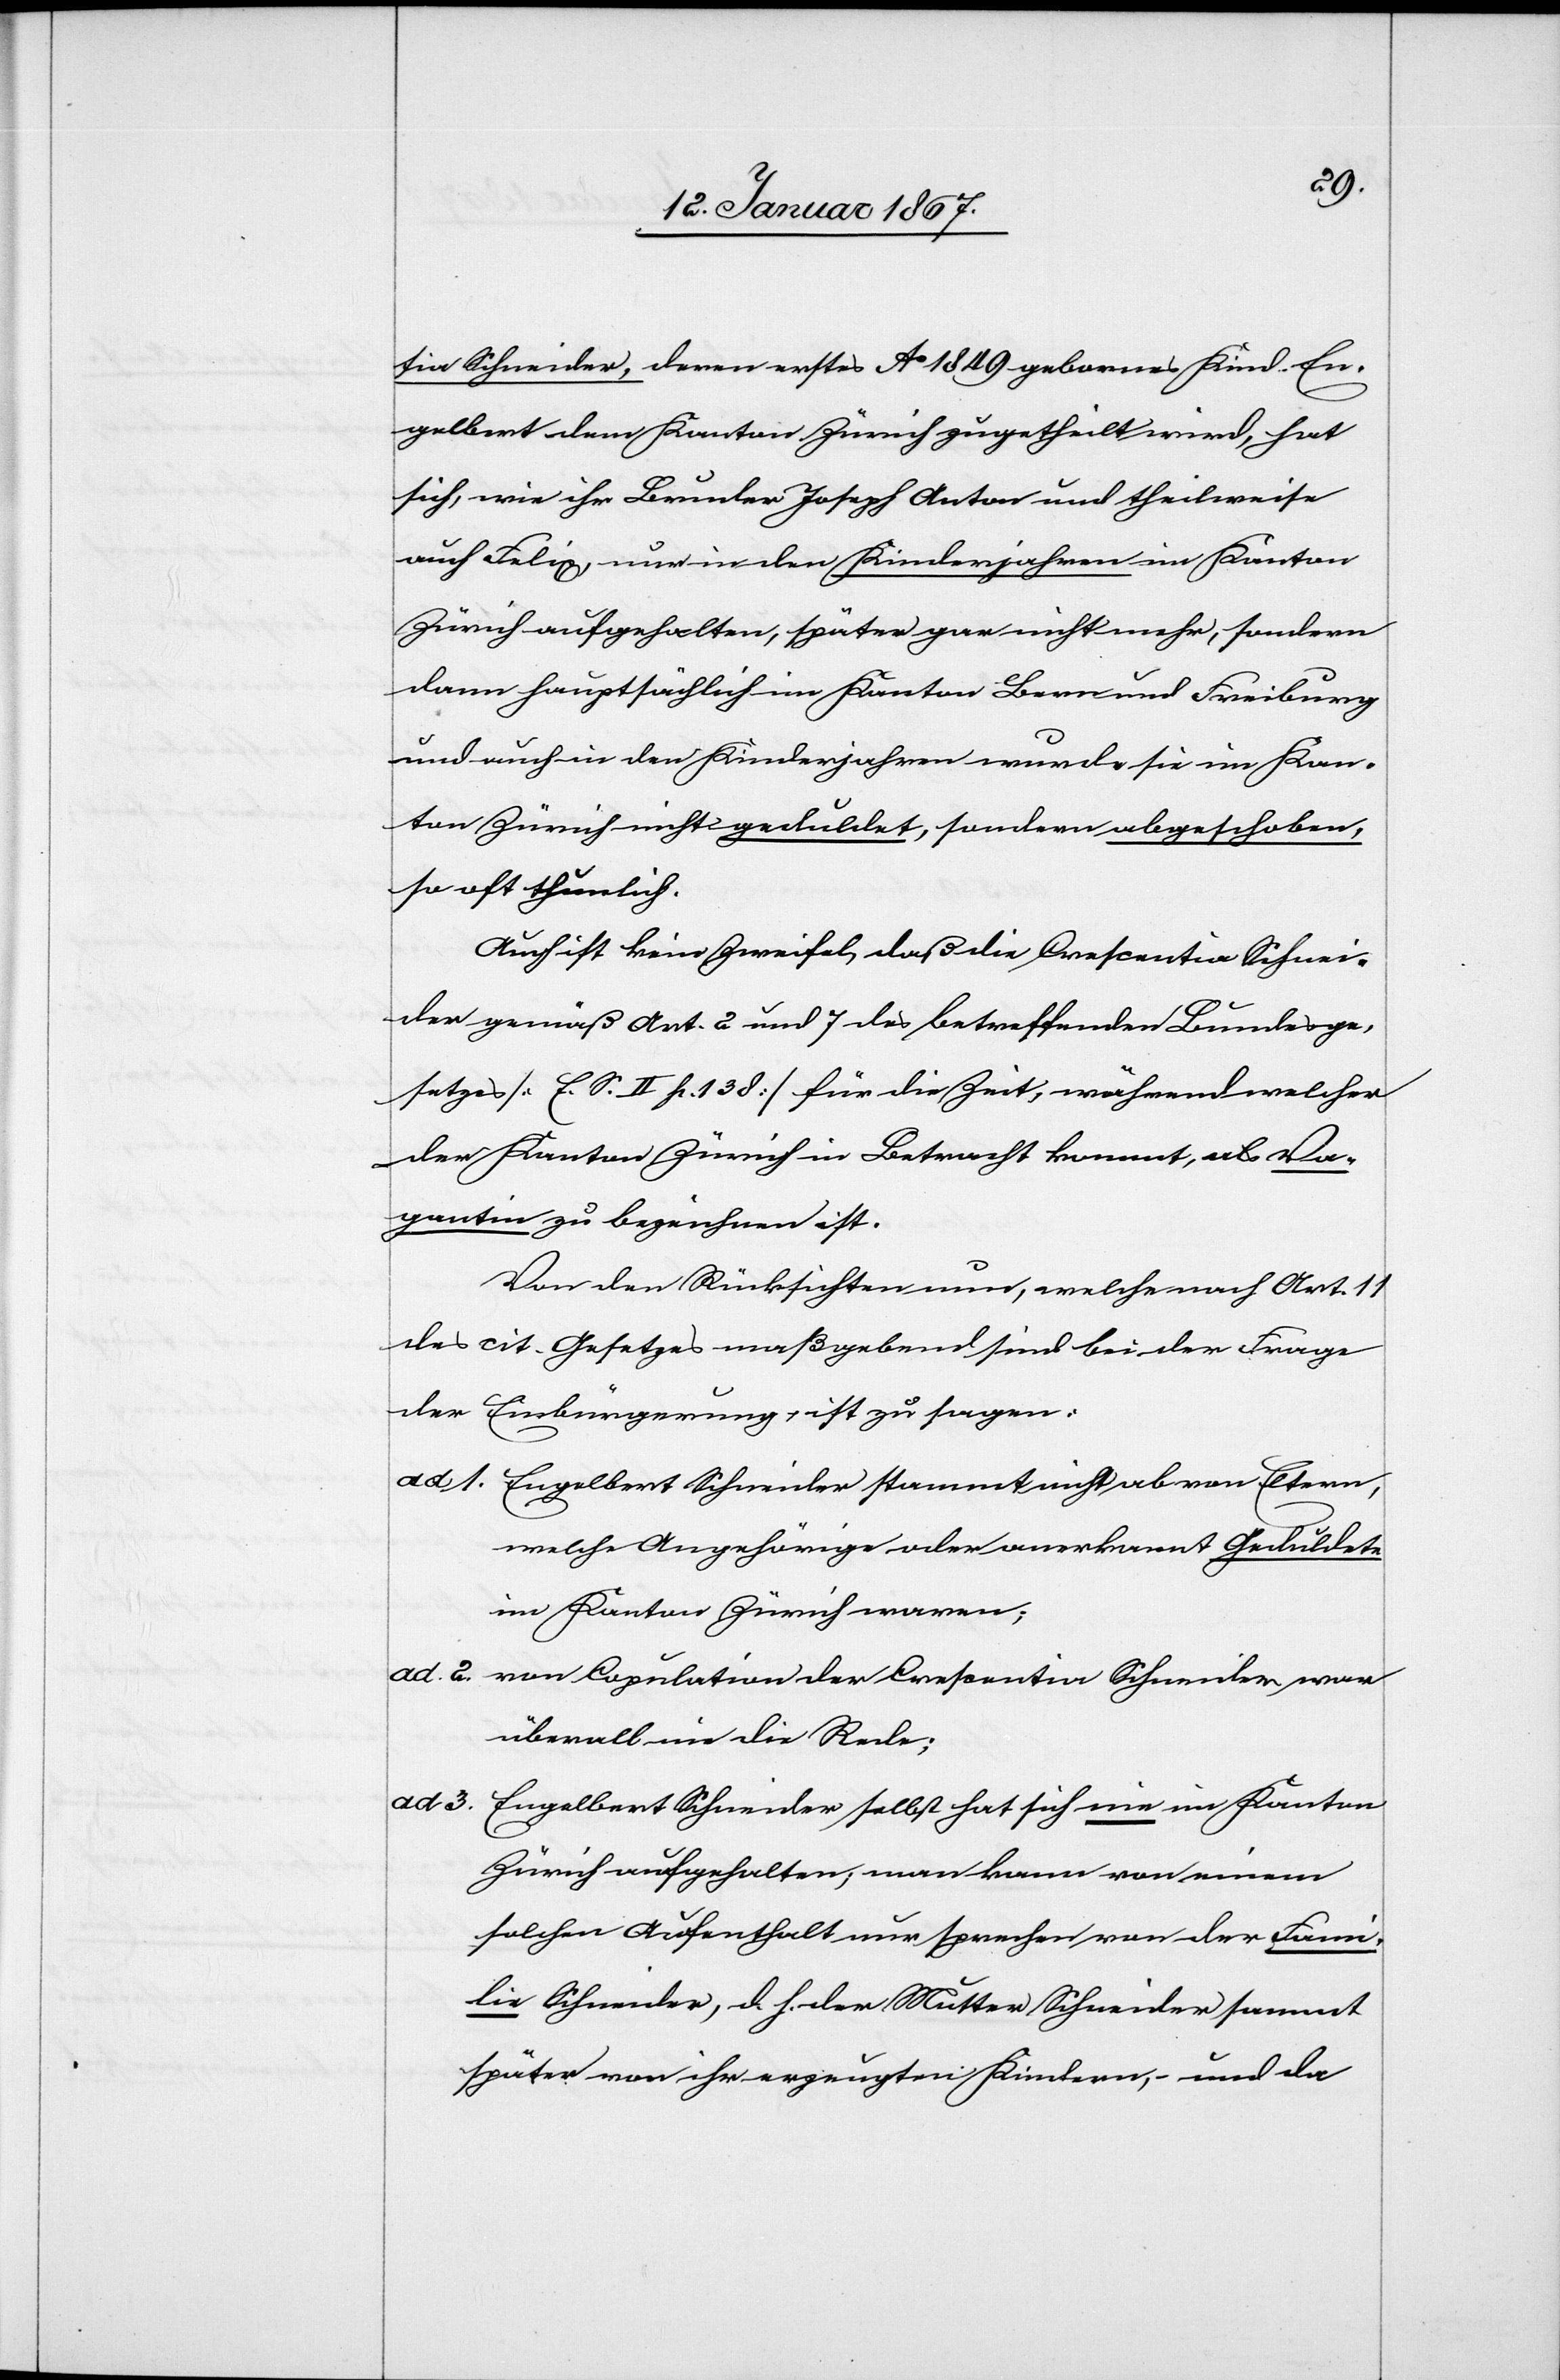
tia Schneider, deren erstes Ao 1849 geborenes Kind En¬
gelbert dem Kanton Zürich zugetheilt wird, hat
sich, wie ihr Bruder Joseph Anton und theilweise
auch Felix, nur in den Kinderjahren im Kanton
Zürich aufgehalten, später gar nicht mehr, sondern
dann hauptsächlich im Kanton Bern und Freiburg
und auch in den Kinderjahren wurde sie im Kan¬
ton Zürich nicht geduldet, sondern abgeschoben,
so oft thunlich.
Auch ist kein Zweifel, daß die Crescentia Schnei¬
der gemäß Art. 2 und 7 des betreffenden Bundesge¬
setzes [E. S. II. h. 138] für die Zeit, während welcher
der Kanton Zürich in Betracht kommt, als Va¬
gantin zu bezeichnen ist.
Von den Rücksichten nun, welche nach Art. 11
des cit. Gesetzes maßgebend sind bei der Frage
der Einbürgerung, ist zu sagen:
ad 1. Engelbert Schneider stammt nicht ab von Eltern,
welche Angehörige oder anerkannt Geduldete
im Kanton Zürich waren;
ad 2. von Copulation der Crescentia Schneider war
überall nie die Rede;
ad 3.
Engelbert Schneider selbst hat sich nie im Kanton
Zürich aufgehalten; man kann von einem
solchen Aufenthalt nur sprechen von der Fami¬
lie Schneider, d. h. der Mutter Schneider sammt
später von ihr erzeugten Kindern, – und da